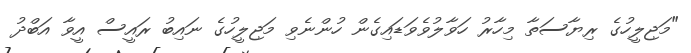
"މަޖިލީހުގެ ރިޔާސަތާ މިހާރު ހަވާލުވެވަޑައިގެން ހުންނެވި މަޖިލީހުގެ ނައިބު ރައީސް އީވާ އަބްދު